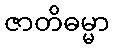
ဇာတိဓမ္မာ